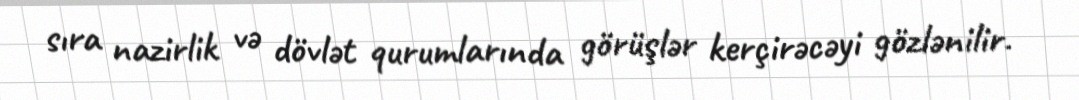
sıra nazirlik və dövlət qurumlarında görüşlər kerçirəcəyi gözlənilir.